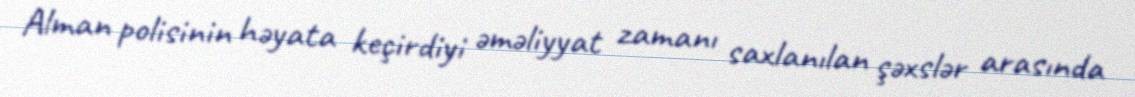
Alman polisinin həyata keçirdiyi əməliyyat zamanı saxlanılan şəxslər arasında